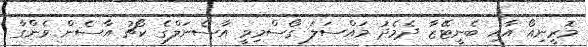
މޮރީނިއޯ އާއި ބެނީޓޭޒާ ދެމެދު މައްސަލަ ގޯސްމިވީ އާސެނަލްގެ ކޯޗު އާސެން ވެންގާ